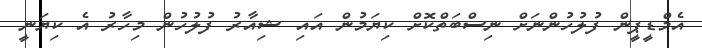
އެމްޑީޕީން ފުލުހުންނަށް ނިސްބަތްކޮށް ކިޔަމުން އައި ޝިއާރު ފުލުހުން މިހާރު އެ ކިޔަނީ